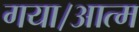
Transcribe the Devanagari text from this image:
गया।आत्म